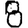
Digit: 8